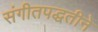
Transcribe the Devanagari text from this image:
संगीतपद्धतीने